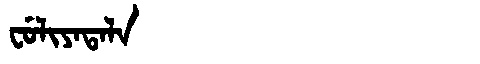
Manchu: ᠸᡠᠯᡳᠶᠠᡨᠠᠯᠠ
Romanization: FULIYATALA